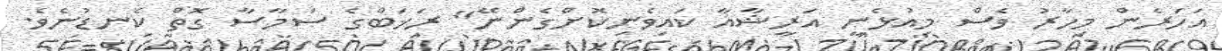
އަހަރެން މިހާރު ވެސް މިއުޅެނީ އަރީޝާއާ ކައިވެނިކޮށްގެންނޭ" ރަޚަބްގެ ސަމާސާ ގޮތް ކެނޑުނެވެ.